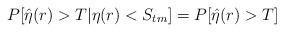
\begin{align*}P[\hat{\eta}(r)>T|\eta(r)<S_{tm}]=P[\hat{\eta}(r)>T]\end{align*}